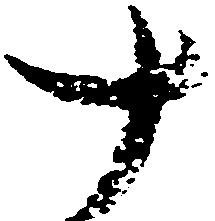
十